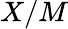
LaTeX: X/M